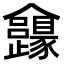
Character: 𠑮